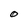
Character: O